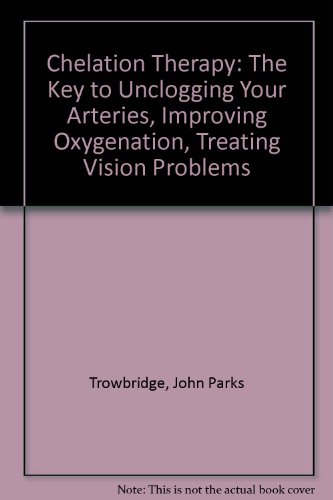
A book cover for Chelation Therapy: The Key to Unclogging Your Arteries, Improving Oxygenation, Treating Vision Problems; John Parks Trowbridge; Health, Fitness & Dieting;